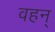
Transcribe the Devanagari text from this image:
वहन्